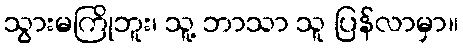
သွားမကြိုဘူး၊ သူ့ ဘာသာ သူ ပြန်လာမှာ။